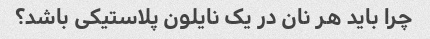
چرا باید هر نان در یک نایلون پلاستیکی باشد؟